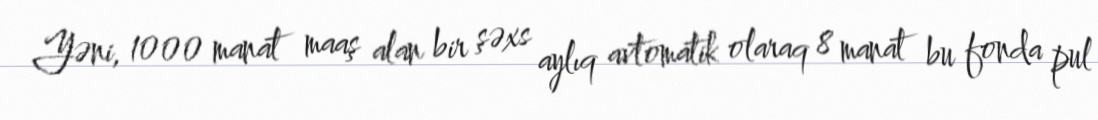
Yəni, 1000 manat maaş alan bir şəxs aylıq avtomatik olaraq 8 manat bu fonda pul